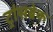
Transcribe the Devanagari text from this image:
ट्रांसब्रेक